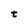
Character: t